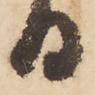
日